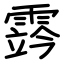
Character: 霠